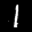
Label: 1